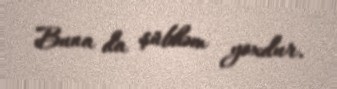
Buna da şübhəm yoxdur.